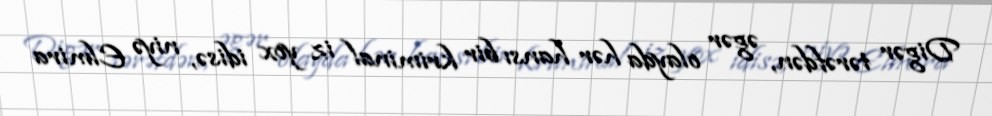
Digər tərəfdən, əgər olayda hər hansı bir kriminal iz yox idisə, niyə Elmira